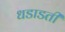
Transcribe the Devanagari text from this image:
धडाडती